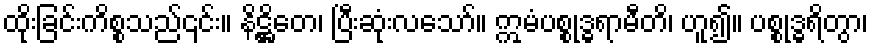
ထိုးခြင်းကိစ္စသည်၎င်း။ နိဋ္ဌိတေ၊ ပြီးဆုံးလသော်။ ဣမံပစ္စုဒ္ဓရာမီတိ၊ ဟူ၍။ ပစ္စုဒ္ဓရိတွာ၊